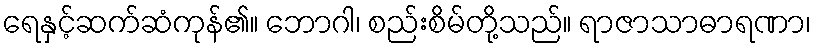
ရေနှင့်ဆက်ဆံကုန်၏။ ဘောဂါ၊ စည်းစိမ်တို့သည်။ ရာဇာသာဓာရဏာ၊